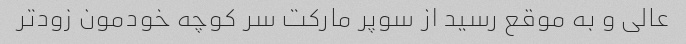
عالی و به موقع رسید از سوپر مارکت سر کوچه خودمون زودتر